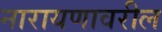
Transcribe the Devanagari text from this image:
नारायणावरील